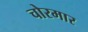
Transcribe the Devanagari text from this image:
चोरमार